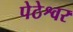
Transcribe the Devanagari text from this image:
पेठेश्वर